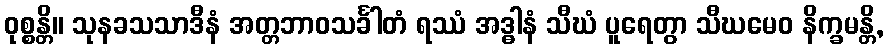
ဝုစ္စန္တိ။ သုနခသသာဒီနံ အတ္တဘာဝသင်္ခါတံ ရဿံ အဒ္ဓါနံ သီဃံ ပူရေတွာ သီဃမေဝ နိက္ခမန္တိ,